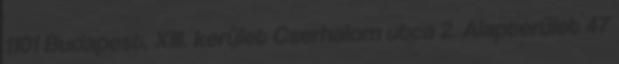
1101 Budapest, XIII. kerület Cserhalom utca 2. Alapterület 47